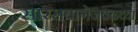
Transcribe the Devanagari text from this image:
सारसबागेजवळच्या